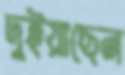
দুইয়াছেন